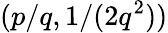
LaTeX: (p/q,1/(2q^{2}))